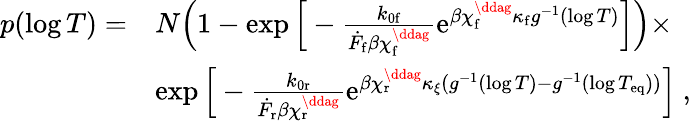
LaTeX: \begin{array}{rl}{p(\log T)=}&{N\Big(1-\exp\Big[-\frac{k_{0\mathrm{f}}}{\dot{F}_{\mathrm{f}}\beta\chi_{\mathrm{f}}^{\ddag}}\mathrm{e}^{\beta\chi_{\mathrm{f}}^{\ddag}\kappa_{\mathrm{f}}g^{-1}(\log T)}\Big]\Big)\times}\\ &{\exp\Big[-\frac{k_{0\mathrm{r}}}{\dot{F}_{\mathrm{r}}\beta\chi_{\mathrm{r}}^{\ddag}}\mathrm{e}^{\beta\chi_{\mathrm{r}}^{\ddag}\kappa_{\xi}(g^{-1}(\log T)-g^{-1}(\log T_{\mathrm{eq}}))}\Big]~,}\end{array}